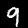
Label: 9